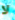
لا